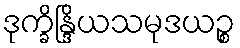
ဒုက္ခိန္ဒြိယသမုဒယဉ္စ